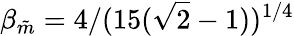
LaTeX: \beta_{\tilde{m}}=4/(15(\sqrt{2}-1))^{1/4}